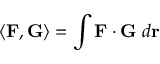
\langle \mathbf { F } , \mathbf { G } \rangle = \int \mathbf { F } \cdot \mathbf { G } \; d \mathbf { r }